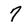
Character: 7